Insane asylums in Bengal annual reports 1867-1875 - 1867-1875
Year: 1867
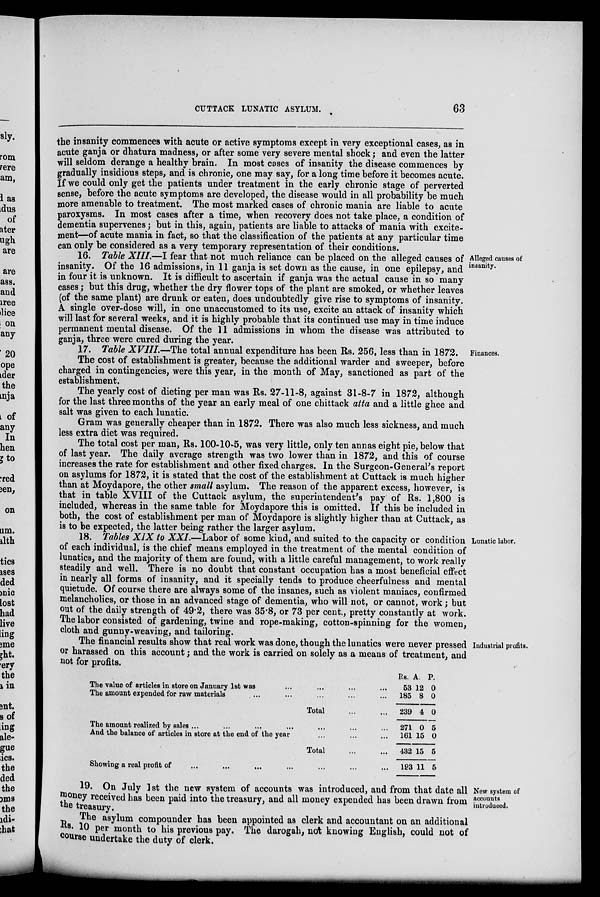
CUTTACK LUNATIC ASYLUM.
63
the insanity commences with acute or active symptoms except in very exceptional cases, as in
acute ganja or dhatura madness, or after some very severe mental shock; and even the latter
will seldom derange a healthy brain. In most cases of insanity the disease commences by
gradually insidious steps, and is chronic, one may say, for a long time before it becomes acute.
If we could only get the patients under treatment in the early chronic stage of perverted
sense, before the acute symptoms are developed, the disease would in all probability be much
more amenable to treatment. The most marked cases of chronic mania are liable to acute
paroxysms. In most cases after a time, when recovery does not take place, a condition of
dementia supervenes; but in this, again, patients are liable to attacks of mania with excite-
ment—of acute mania in fact, so that the classification of the patients at any particular time
can only be considered as a very temporary representation of their conditions.
Alleged causes of
insanity.
16. Table XIII—I fear that not much reliance can be placed on the alleged causes of
insanity. Of the 16 admissions, in 11 ganja is set down as the cause, in one epilepsy, and
in four it is unknown. It is difficult to ascertain if ganja was the actual cause in so many
cases; but this drug, whether the dry flower tops of the plant are smoked, or whether leaves
(of the same plant) are drunk or eaten, does undoubtedly give rise to symptoms of insanity.
A single over-dose will, in one unaccustomed to its use, excite an attack of insanity which
will last for several weeks, and it is highly probable that its continued use may in time induce
permanent mental disease. Of the 11 admissions in whom the disease was attributed to
ganja, three were cured during the year.
Finances.
17. Table XVIII—The total annual expenditure has been Rs. 256, less than in 1872.
The cost of establishment is greater, because the additional warder and sweeper, before
charged in contingencies, were this year, in the month of May, sanctioned as part of the
establishment.
The yearly cost of dieting per man was Rs. 27-11-8, against 31-8-7 in 1872, although
for the last three months of the year an early meal of one chittack atta and a little ghee and
salt was given to each lunatic.
Gram was generally cheaper than in 1872. There was also much less sickness, and much
less extra diet was required.
The total cost per man, Rs. 100-10-5, was very little, only ten annas eight pie, below that
of last year. The daily average strength was two lower than in 1872, and this of course
increases the rate for establishment and other fixed charges. In the Surgeon-General's report
on asylums for 1872, it is stated that the cost of the establishment at Cuttack is much higher
than at Moydapore, the other small asylum. The reason of the apparent excess, however, is
that in table XVIII of the Cuttack asylum, the superintendent's pay of Rs. 1,800 is
included, whereas in the same table for Moydapore this is omitted. If this be included in
both, the cost of establishment per man of Moydapore is slightly higher than at Cuttack, as
is to be expected, the latter being rather the larger asylum.
Lunatic labor.
18. Tables XIX to XXI.—Labor of some kind, and suited to the capacity or condition
of each individual, is the chief means employed in the treatment of the mental condition of
lunatics, and the majority of them are found, with a little careful management, to work really
steadily and well. There is no doubt that constant occupation has a most beneficial effect
in nearly all forms of insanity, and it specially tends to produce cheerfulness and mental
quietude. Of course there are always some of the insanes, such as violent maniacs, confirmed
melancholics, or those in an advanced stage of dementia, who will not, or cannot, work; but
out of the daily strength of 49.2, there was 35.8, or 73 per cent., pretty constantly at work.
The labor consisted of gardening, twine and rope-making, cotton-spinning for the women,
cloth and gunny-weaving, and tailoring.
Industrial profits.
The financial results show that real work was done, though the lunatics were never pressed
or harassed on this account; and the work is carried on solely as a means of treatment, and
not for profits.
The value of articles in store on January 1st was ... ... ... ...
The amount expended for raw materials ... ... ... ... ...
Total
...
...
The amount realized by sales ... ... ... ... ... ... ... ... ...
And the balance of articles in store at the end of the year ... ... ...
Total ... ...
Showing a real profit of ... ... ... ... ... ... ... ... ...
Rs.
53
185
239
271
161
432
193
A.
12
8
4
0
15
15
11
P.
0
0
0
5
0
5
5
New system of
accounts
introduced.
19. On July 1st the new system of accounts was introduced, and from that date all
money received has been paid into the treasury, and all money expended has been drawn from
the treasury.
The asylum compounder has been appointed as clerk and accountant on an additional
Rs. 10 per month to his previous pay. The darogah, not knowing English, could not of
course undertake the duty of clerk.